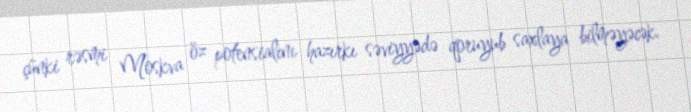
çünki rəsmi Moskva öz potensialını hazırkı səviyyədə qoruyub saxlaya bilməyəcək.